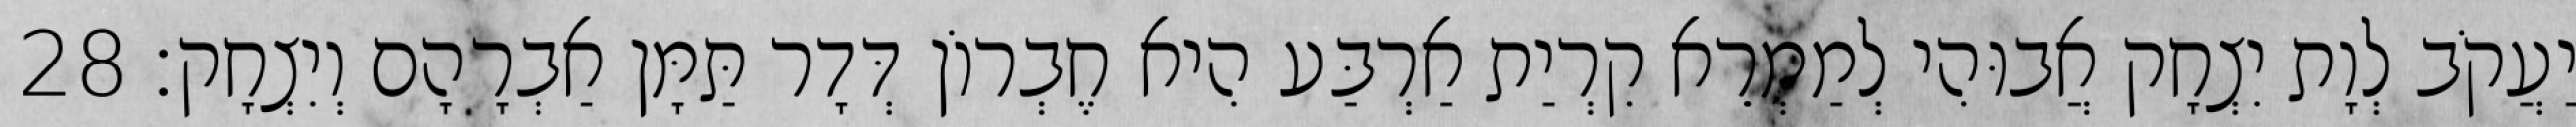
יַעֲקֹב לְוָת יִצְחָק אֲבוּהִי לְמַמְרֵא קִרְיַת אַרְבַּע הִיא חֶבְרוֹן דְּדָר תַּמָּן אַבְרָהָם וְיִצְחָק׃ 28